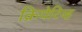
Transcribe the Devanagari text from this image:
क्रियेटिव्ह